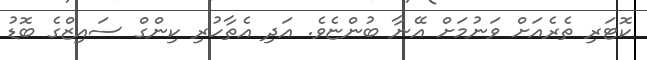
ކޮޓަރި ތެރެއަށް ވަނުމަށް އޭނާ ބުންޏެވެ. އަދި އެތާހުރި ކިންގް ސައިޒްގެ ބޮޑު